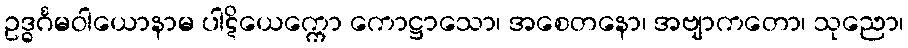
ဥဒ္ဓင်္ဂမဝါယောနာမ ပါဋိယေက္ကော ကောဋ္ဌာသော၊ အစေတနော၊ အဗျာကတော၊ သုညော၊